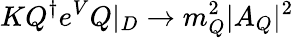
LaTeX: KQ^{\dagger}e^{V}Q|_{D}\rightarrow m_{Q}^{2}|A_{Q}|^{2}